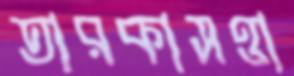
তারকাসত্তা